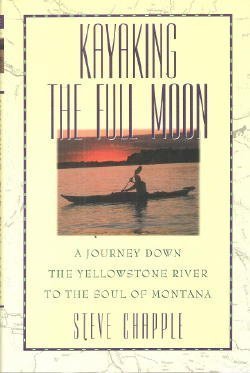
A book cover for Kayaking the Full Moon: A Journey Down the Yellowstone River to the Soul of Montana; Steve Chapple; Travel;